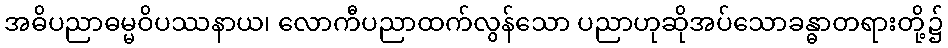
အဓိပညာဓမ္မဝိပဿနာယ၊ လောကီပညာထက်လွန်သော ပညာဟုဆိုအပ်သောခန္ဓာတရားတို့၌